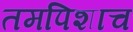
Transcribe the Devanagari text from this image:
तमपिशाच